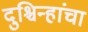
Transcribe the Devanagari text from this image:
दुश्चिन्हांचा